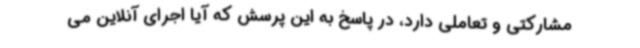
مشارکتی و تعاملی دارد، در پاسخ به این پرسش که آیا اجرای آنلاین می